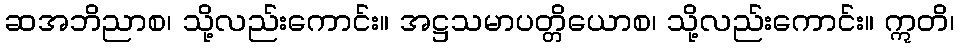
ဆအဘိညာစ၊ သို့လည်းကောင်း။ အဋ္ဌသမာပတ္တိယောစ၊ သို့လည်းကောင်း။ ဣတိ၊